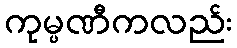
ကုမ္ပဏီကလည်း